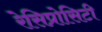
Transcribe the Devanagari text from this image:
रेसिप्रोसिटी